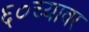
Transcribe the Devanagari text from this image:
६०च्यावर